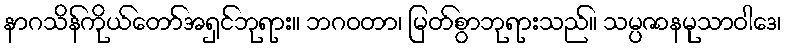
နာဂသိန်ကိုယ်တော်အရှင်ဘုရား။ ဘဂဝတာ၊ မြတ်စွာဘုရားသည်။ သမ္ပဇာနမုသာဝါဒေ၊